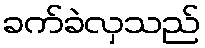
ခက်ခဲလှသည်